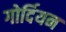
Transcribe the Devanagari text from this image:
गोर्दियन